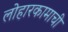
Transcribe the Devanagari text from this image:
लोहारकामाची